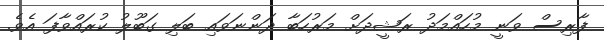
ފާރިސް ވަނީ މުހައްމަދު ރަޝީދަށް މަރުހަބާ ދަންނަވައި ބަލި ގަބޫލު ކުރައްވާފަ އެވެ.